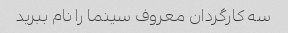
سه کارگردان معروف سینما را نام ببرید